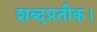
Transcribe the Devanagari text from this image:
शब्दप्रतीक।